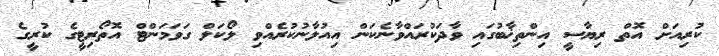
ކުރިއަށް އޮތް ރިޔާސީ އިންތިޚާބުގައި ވާދަކުރައްވާނެކަން އިއުލާނުކުރެއްވި ލޯކަލް ގަވަމަންޓް އޮތޯރިޓީގެ ކުރީގެ